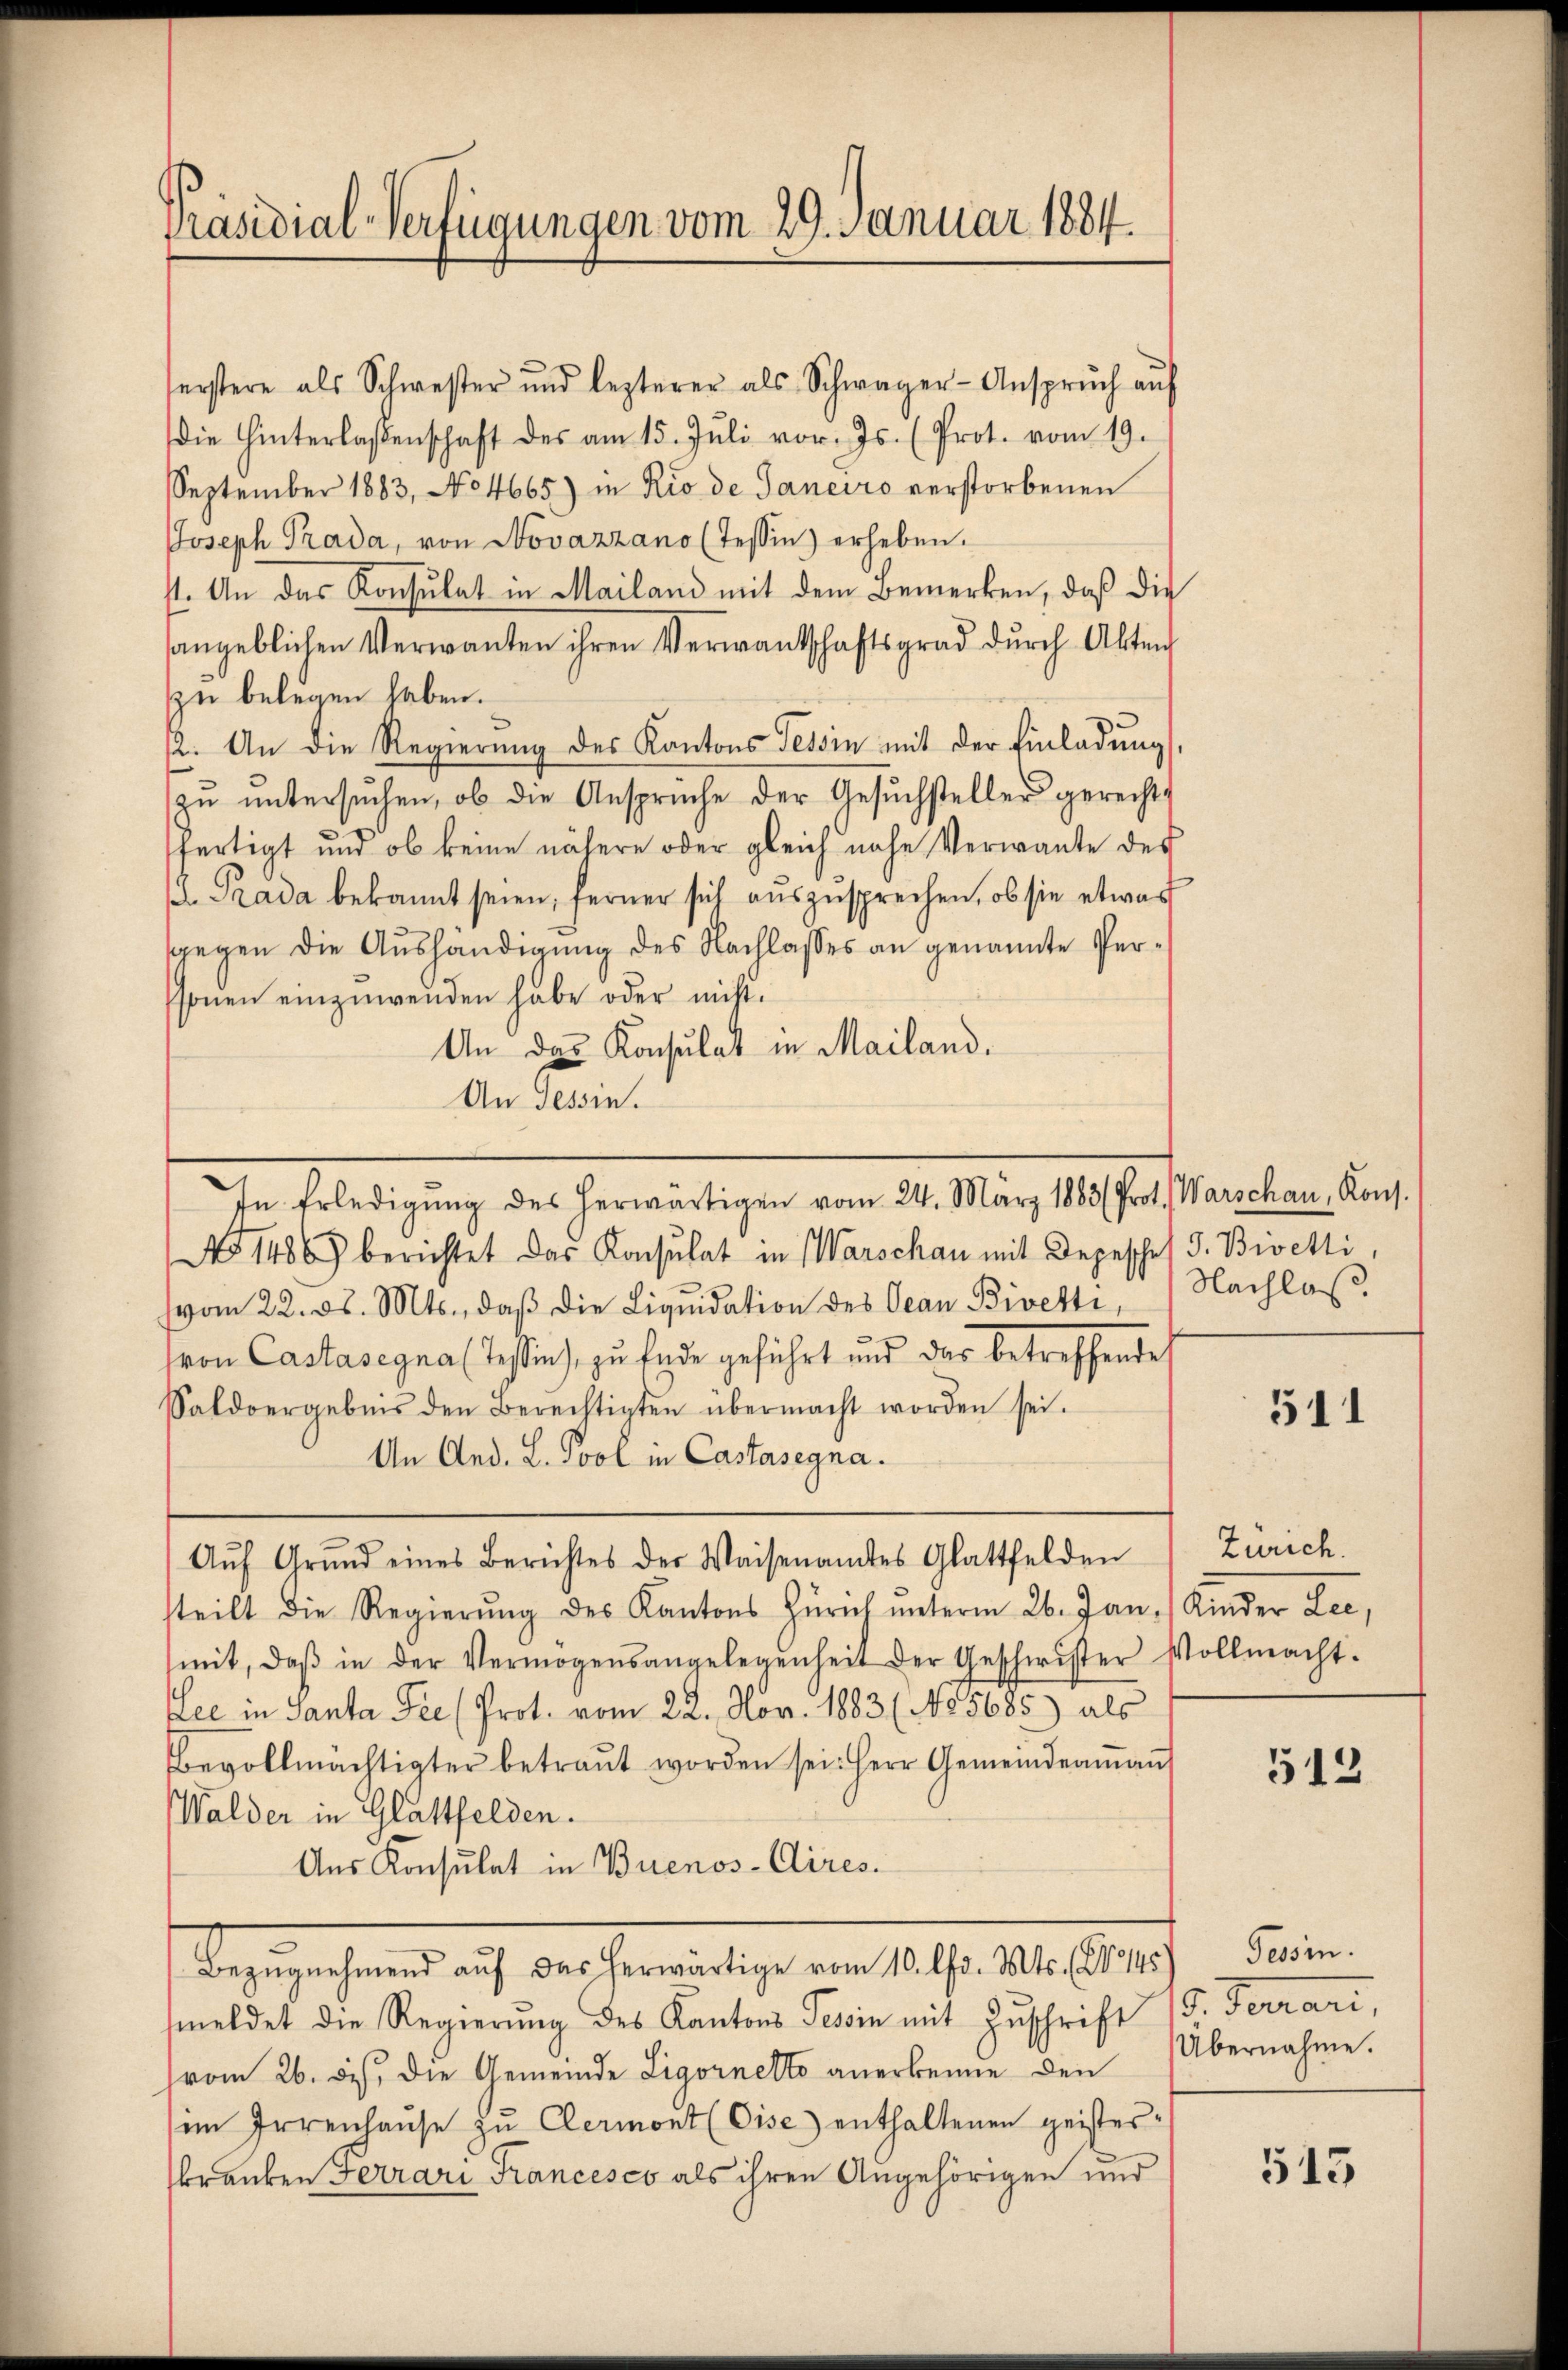
Präsidial-Verfügungen vom 29. Januar 1884.

serstere als Schwester und lezterer als Schwager-Ansprŭch aŭf
die Hinterlaßenschaft des am 15. Jŭli vor. Js. (Prot. vom 19.
September 1883, No 4665) in Rio de Janeiro verstorbenen
Joseph Prada, von Novazzano (Tessin) erheben.
st. An das Konsulat in Mailand mit dem Bemerken, daß die
sangeblichen Verwanten ihren Verwandschaftsgrad durch Alten
zu belegen haben.
12. An die Regierŭng des Kantons Tessin mit der Einladŭng
zŭ ŭntersŭchen, ob die Ansprüche der Gesŭchsteller gerecht,
fertigt und ob keine nähere oder gleich nahe Verwante des
 Prada bekannt seien, ferner sich auszusprechen, ob sie etwas
ggegen die Aushändigung des Nachlasses an genannte Perssonen einzuwenden habe oder nicht.
An das Konsulat in Mailand.
An Tessin.
In Erledigŭng des herwärtigen vom 24. März 1883 ( Prot. Warschau, Kons.
No 1486) berichtet das Konsulat in Warschau mit Depeschef d. Bivetti,
vom 22. ds. Mts., daβ die Liqŭidation des Ocan Bivetti,
von Castasegna (Tessin, zu Ende geführt und das betreffende
Saldoergebnis den Berechtigten übermacht worden sei.
An And. L. Pool in Castasegna.
Aŭf Grŭnd eines Berichtes der Waisenamtes Glattfelden
tteilt die Regierŭng des Kantons Zürich unterm 26. Jan. (Kinder Lee,
mit, daβ in der Vermögensangelegenheit der Geschwister Vollmacht.
Lee in Santa Pic (Prot. vom 22. Nov. 1883 (No 5685) als
Bevollmächtigter betraŭt worden sei. Herr Gemeindeaṁaṅ
Walder in Glattfelden.
Aus Konsulat in Buenos-Cires.

Bezugehend ich beschreitige von 10 f. 10. Auch diesen.

Nachlaß

meldet die Regierŭng des Kantons Tessin mit Zuschrift
vom 26. Des, die Gemeinde Ligornetto anerkenne den
im Irrenhaŭse zŭ Clermont (Gise enthaltenen geister-
branken Ferrari Francesco als ihren Angehörigen und

511

Zürich.

512

d. Tomani,
Übernahme.

513